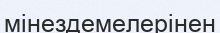
мінездемелерінен